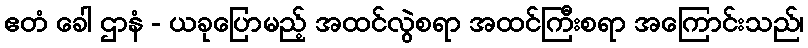
ဧတံ ခေါ ဌာနံ - ယခုပြောမည့် အထင်လွဲစရာ အထင်ကြီးစရာ အကြောင်းသည်၊